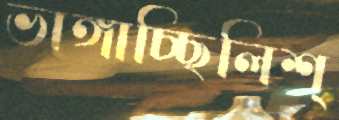
ভাঙ্গাচ্ছিলিশ্